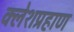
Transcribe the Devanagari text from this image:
क्लेशप्रहाण